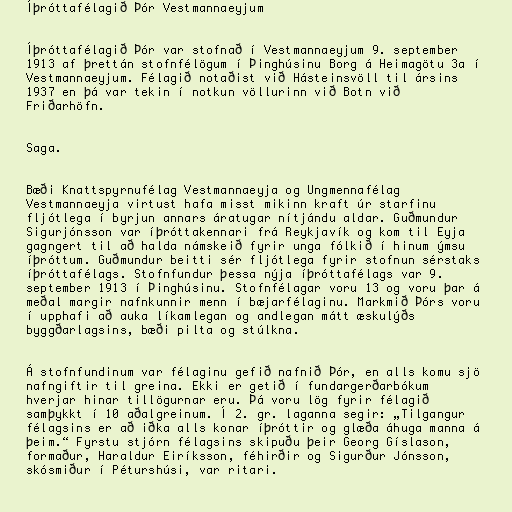
Íþróttafélagið Þór Vestmannaeyjum

Íþróttafélagið Þór var stofnað í Vestmannaeyjum 9. september
1913 af þrettán stofnfélögum í Þinghúsinu Borg á Heimagötu 3a í
Vestmannaeyjum. Félagið notaðist við Hásteinsvöll til ársins
1937 en þá var tekin í notkun völlurinn við Botn við
Friðarhöfn.

Saga.

Bæði Knattspyrnufélag Vestmannaeyja og Ungmennafélag
Vestmannaeyja virtust hafa misst mikinn kraft úr starfinu
fljótlega í byrjun annars áratugar nítjándu aldar. Guðmundur
Sigurjónsson var íþróttakennari frá Reykjavík og kom til Eyja
gagngert til að halda námskeið fyrir unga fólkið í hinum ýmsu
íþróttum. Guðmundur beitti sér fljótlega fyrir stofnun sérstaks
íþróttafélags. Stofnfundur þessa nýja íþróttafélags var 9.
september 1913 í Þinghúsinu. Stofnfélagar voru 13 og voru þar á
meðal margir nafnkunnir menn í bæjarfélaginu. Markmið Þórs voru
í upphafi að auka líkamlegan og andlegan mátt æskulýðs
byggðarlagsins, bæði pilta og stúlkna.

Á stofnfundinum var félaginu gefið nafnið Þór, en alls komu sjö
nafngiftir til greina. Ekki er getið í fundargerðarbókum
hverjar hinar tillögurnar eru. Þá voru lög fyrir félagið
samþykkt í 10 aðalgreinum. Í 2. gr. laganna segir: „Tilgangur
félagsins er að iðka alls konar íþróttir og glæða áhuga manna á
þeim.“ Fyrstu stjórn félagsins skipuðu þeir Georg Gíslason,
formaður, Haraldur Eiríksson, féhirðir og Sigurður Jónsson,
skósmiður í Péturshúsi, var ritari.